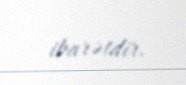
ibarətdir.